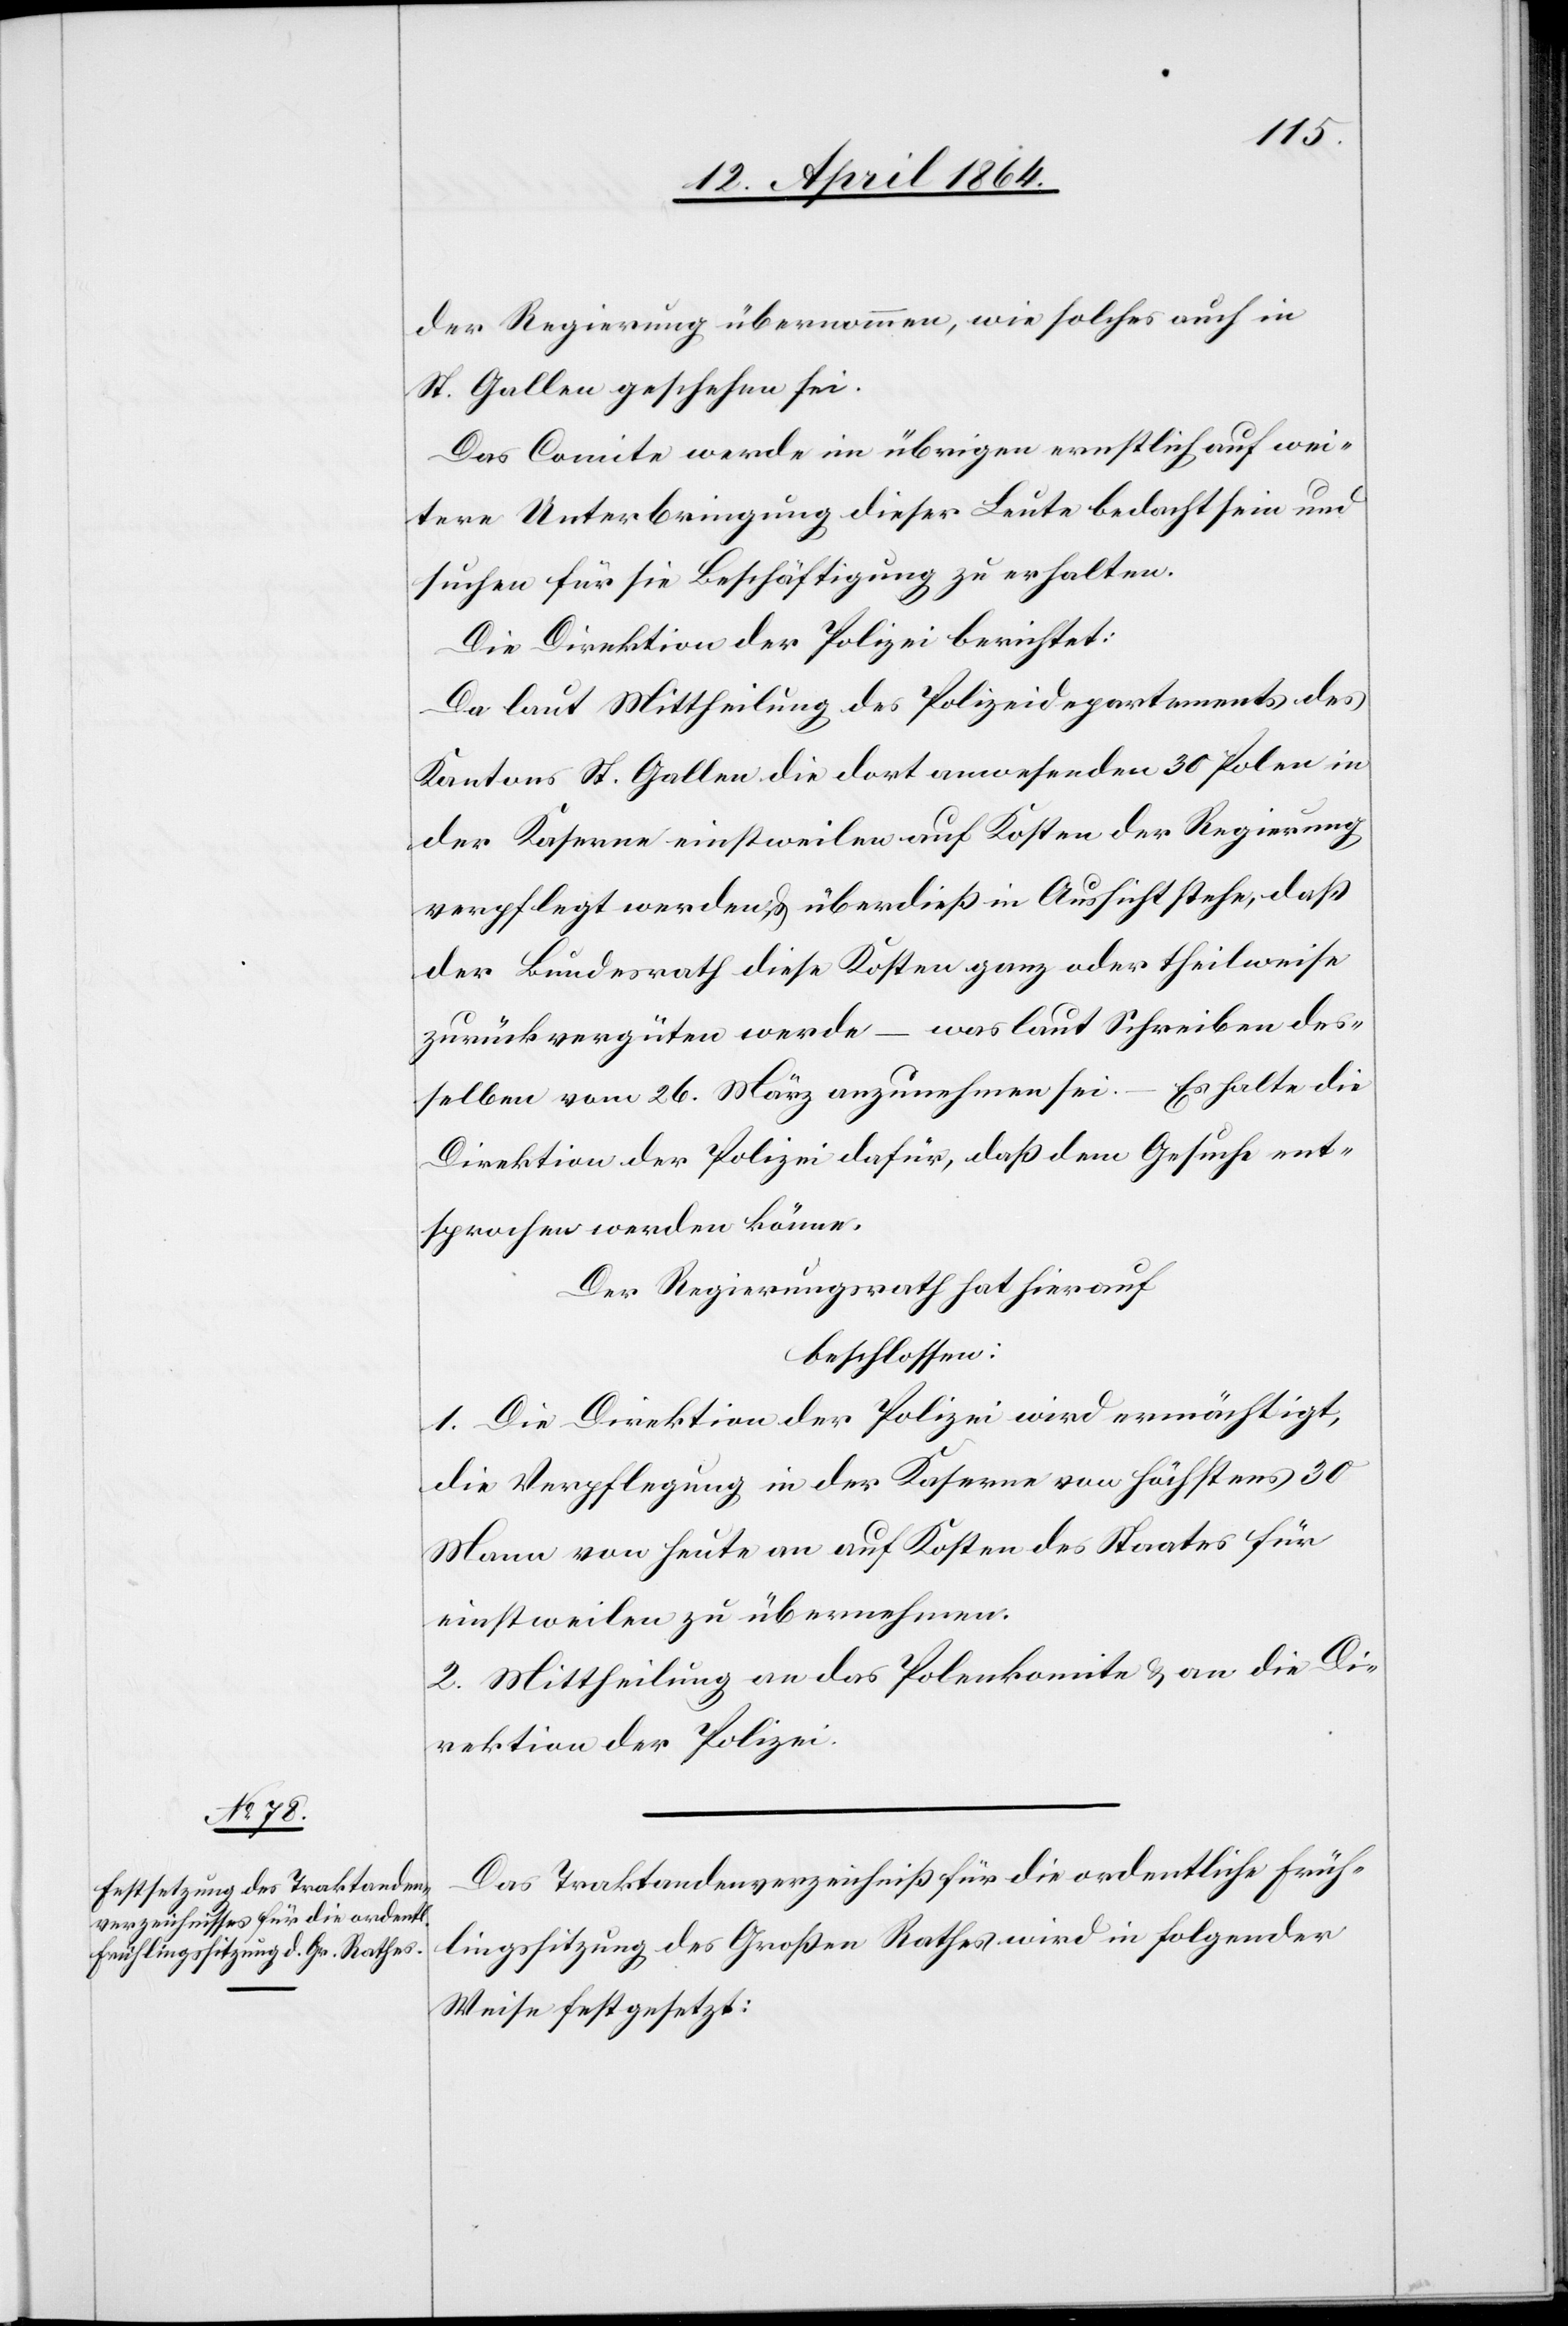
der Regierung übernommen, wie solches auch in
St. Gallen geschehen sei.
Das Comite werde im übrigen ernstlich auf wei¬
tere Unterbringung dieser Leute bedacht sein und
suchen für sie Beschäftigung zu erhalten.
Die Direktion der Polizei berichtet:
Da laut Mittheilung des Polizeidepartements des
Kantons St. Gallen die dort anwesenden 30 Polen in
der Kaserne einstweilen auf Kosten der Regierung
verpflegt werden u. überdieß in Aussicht stehe, daß
der Bundesrath diese Kosten ganz oder theilsweise
zurückvergüten werde – was laut Schreiben des¬
selben vom 26. März anzunehmen sei. – Es halte die
Direktion der Polizei dafür, daß dem Gesuche ent¬
sprochen werden könne.
Der Regierungsrath hat hierauf
beschlossen:
1. Die Direktion der Polizei wird ermächtigt,
die Verpflegung in der Kaserne von höchstens 30
Mann von heute an auf Kosten des Staates für
einstweilen zu übernehmen.
2. Mittheilung an das Polenkomite u. an die Di¬
rektion der Polizei.
Das Traktandenverzeichniß für die ordentliche Früh¬
lingssitzung des Großen Rathes wird in folgender
Weise festgesetzt: